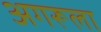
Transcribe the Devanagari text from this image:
अगरूला